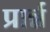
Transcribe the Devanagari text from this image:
प्रार्न्न